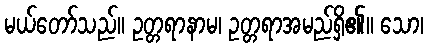
မယ်တော်သည်။ ဥတ္တရာနာမ၊ ဥတ္တရာအမည်ရှိ၏။ သော၊